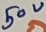
Text: 5OV